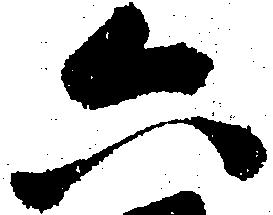
六